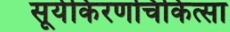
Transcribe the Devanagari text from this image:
सूर्यकिंरणचिकित्सा